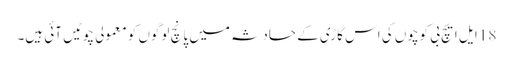
18 ایل ایچ بی کوچوں کی اس گاڑی کے حادثہ میں پانچ لوگوں کو معمولی چوٹیں آئی ہیں۔